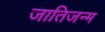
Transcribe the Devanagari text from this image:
जातिजन्म